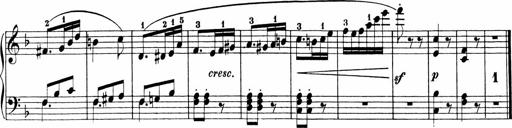
Title: Sonatinen Op.47, 98 und 136, nebst 6 Liedersonatinen
Composer: Carl Reinecke